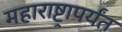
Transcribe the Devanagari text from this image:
महाराष्ट्रापर्यंत